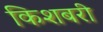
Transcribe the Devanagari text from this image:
किशबरी